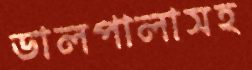
ডালপালাসহ